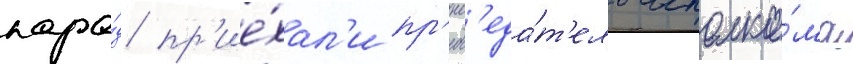
пара́д пр'ие́хал'и пр'едс'еда́т'ель исполко́ма